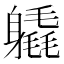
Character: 𨊉